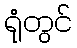
ရုံတွင်